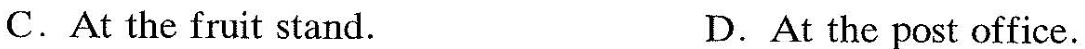
D.At the post office.